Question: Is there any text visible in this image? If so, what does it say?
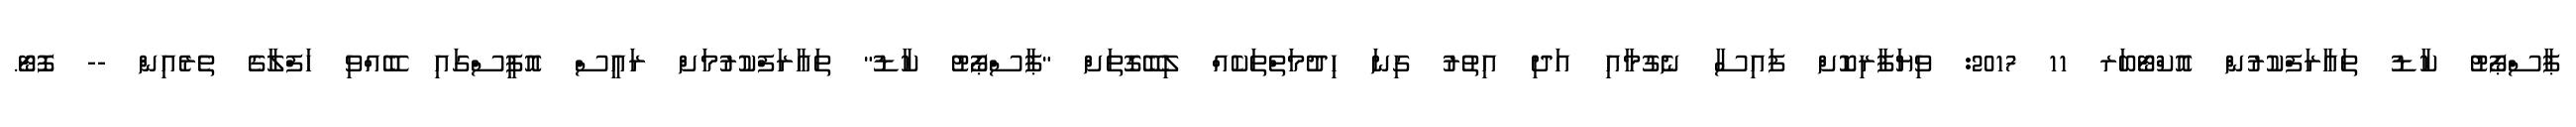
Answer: ޕާސްޕޯޓު ކާޑު ތައާރަފްކުރުން އޮކްޓޯބަރ 11 2017: ވިޔަފާރިކޮށް ފައިސާ ނެގުމާއި އަދި އިތުރު ގިނަ ހިދުމަތްތަކެއް ލިބޭގޮތަށް "ޕާސްޕޯޓު ކާޑު" ތައާރަފްކުރުމަށް ރައީސް އޮފީސްގައި ބޭއްވި ހަފްލާގެ ތެރެއިން -- ފޮޓޯ.